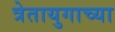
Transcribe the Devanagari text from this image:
त्रेतायुगाच्या